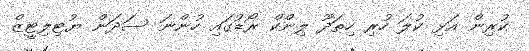
ކުރިން އަޅި ކުލަ ހުރި ހިތަދޫ ލިންކް ރޯޑުގައި ހުންނަ ސަދަން ޔުޓިލިޓީޒް